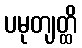
ပမုတျတ္ထိ